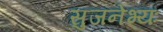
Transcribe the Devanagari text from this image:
सुजनेभ्यः